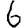
Digit: 6